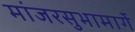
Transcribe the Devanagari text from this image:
मांजरसुभामार्गे